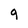
Character: 9